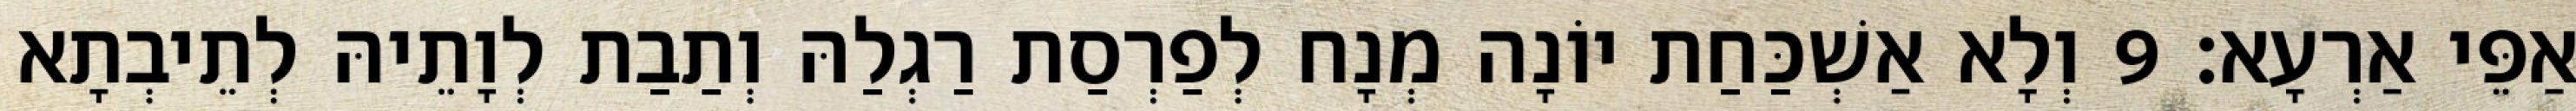
אַפֵּי אַרְעָא׃ 9 וְלָא אַשְׁכַּחַת יוֹנָה מְנָח לְפַרְסַת רַגְלַהּ וְתַבַת לְוָתֵיהּ לְתֵיבְתָא